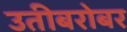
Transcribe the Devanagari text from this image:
उतीबरोबर